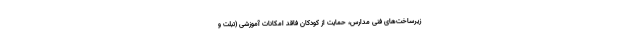
زیرساخت‌های فنی مدارس، حمایت از کودکان فاقد امکانات آموزشی (تبلت و